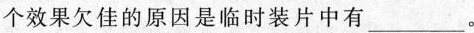
个效果欠佳的原因是临时装片中有_